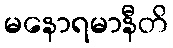
မနောရမာနီတိ